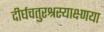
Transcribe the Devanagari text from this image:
दीर्घचतुरश्रस्याक्ष्णया